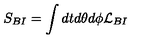
S _ { B I } = \int d t d \theta d \phi { \cal L } _ { B I }